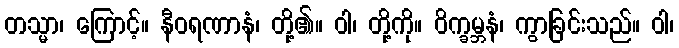
တသ္မာ၊ ကြောင့်။ နီဝရဏာနံ၊ တို့၏။ ဝါ၊ တို့ကို။ ဝိက္ခမ္ဘနံ၊ ကွာခြင်းသည်။ ဝါ၊